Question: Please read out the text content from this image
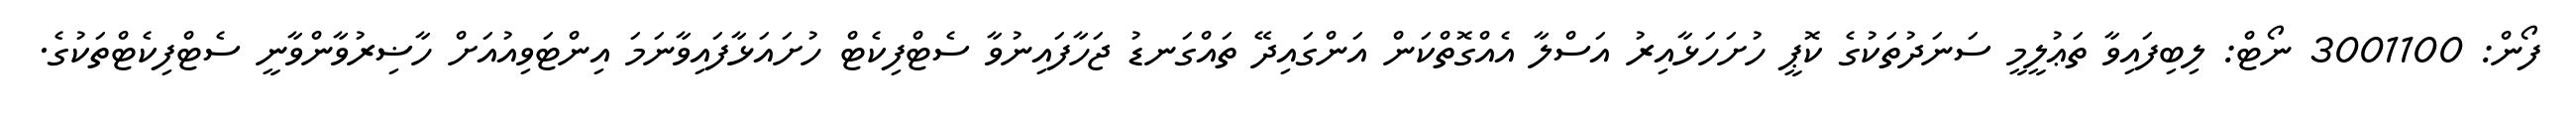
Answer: ފޯން: 3001100 ނޯޓް: ލިބިފައިވާ ތަޢުލީމީ ސަނަދުތަކުގެ ކޮޕީ ހުށަހަޅާއިރު އަސްލާ އެއްގޮތްކަން އަންގައިދޭ ތައްގަނޑު ޖަހާފައިނުވާ ސެޓްފިކެޓް ހުށައަޅާފައިވާނަމަ އިންޓަވިއުއަށް ހާޟިރުވާންވާނީ ސެޓްފިކެޓްތަކުގެ.